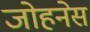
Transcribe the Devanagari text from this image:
जोहनेस